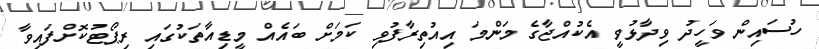
ހުސައިން ވަހީދު ވިދާޅުވީ އެކުއްޖާގެ މަންމަ އިއުތިރާފުވި ކަމަށް ބައެއް މީޑިއާތަކުގައި ރިޕޯޓުކޮށްފައިވާ